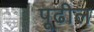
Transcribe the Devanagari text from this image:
पूढील